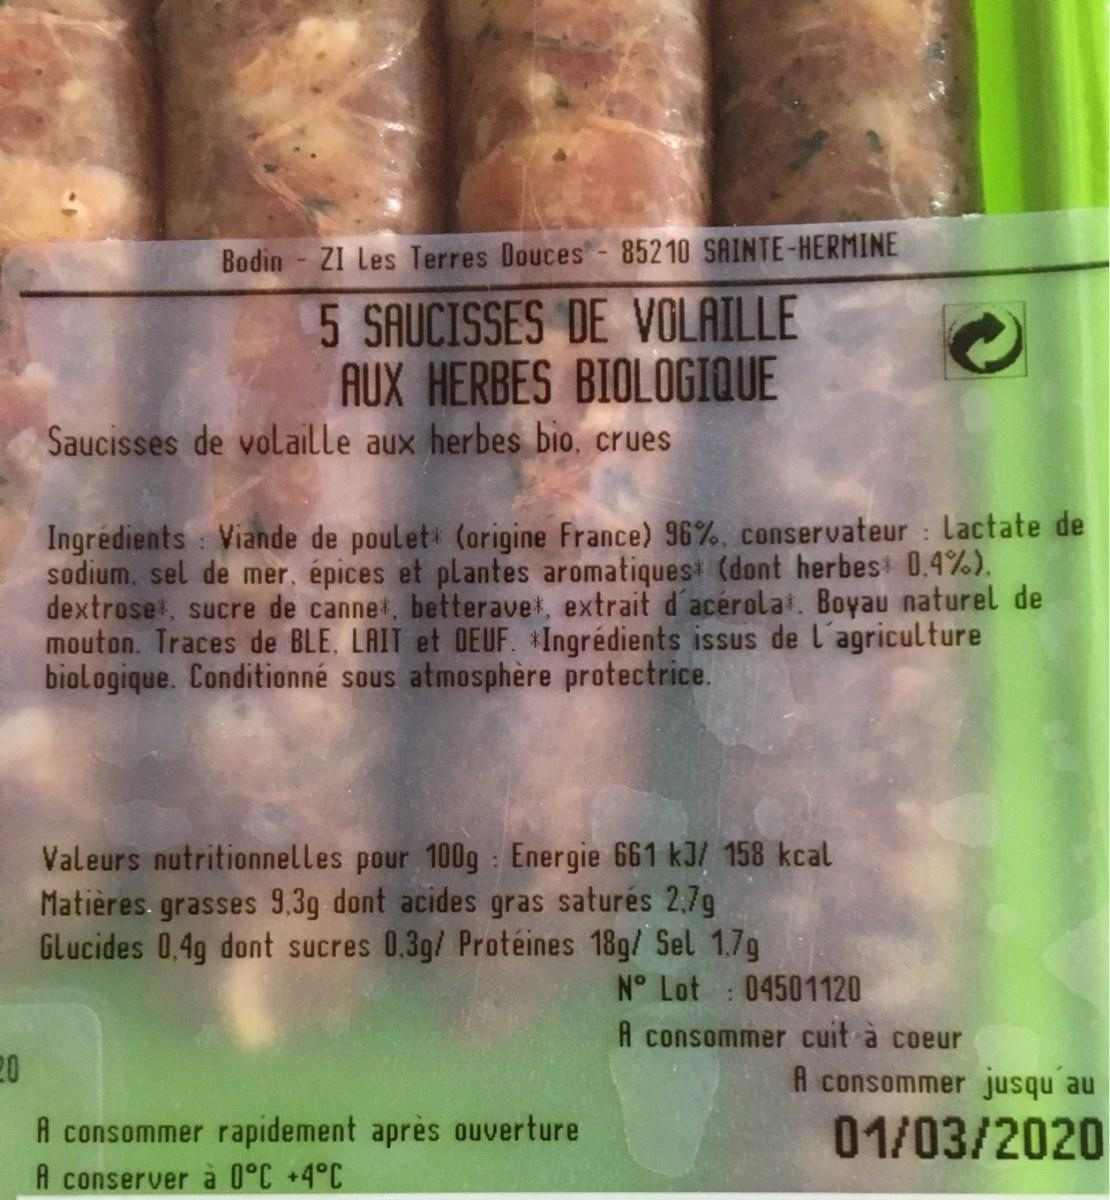
Bodin - ZI Les Terres Douces-85210 SAINTE-HERMINE 5 SAUCISSES DE VOLAILLE AUX HERBES BIOLOGIQUE Saucisses de volaille aux herbes bio, crues Ingredients Viande de poulet (origine France) 96%, conservateur lactate de sodium. sel de mer, épices et plantes aromatiques (dont herbes 0.4%). dextroset, sucre de cannet, betteravet, extrait d'acérolat. Boyau naturel de mouton. Traces de BLE, LAIT et OEUF. Ingrédients issus de l'agriculture biologique. Conditionné sous atmosphère protectrice. Valeurs nutritionnelles pour 100g Energie 661 kJ/ 158 kcal Matières. grasses 9,3g dont acides gras saturés 2:7g Glucides 0,4g dont sucres 0,3g/ Protéines 18g/ Sel 1.7g N° Lot 04501120 A consommer cuit a coeur 20 A consommer jusqu au A consommer rapidement après ouverture H conserver à 0°C +4°C 01/03/2020